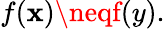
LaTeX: f(\mathbf{x})\neqf(y).